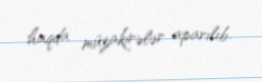
haqda müzakirələr aparılıb.